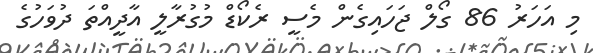
މި އަހަރު 86 ގޯލް ޖަހައިގެން މެސީ ރެކޯޑް މުގުރާލީ އާދީއްތަ ދުވަހުގެ